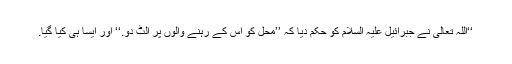
‘‘اللہ تعالیٰ نے جبرائیل علیہ السلام کو حکم دیا کہ ’’محل کو اس کے رہنے والوں پر الٹ دو.‘‘ اور ایسا ہی کیا گیا.